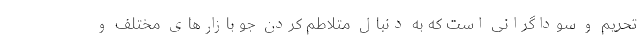
تحریم و سوداگرانی است که به دنبال متلاطم کردن جو بازارهای مختلف و